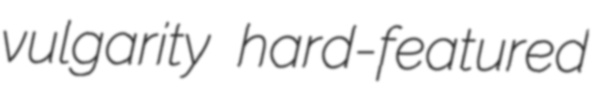
vulgarity hard-featured